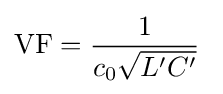
\mathrm {VF} ={\frac {1}{c_{\mathrm {0} }{\sqrt {L'C'}}}}\